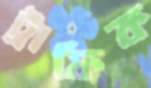
ট্রাফিক